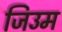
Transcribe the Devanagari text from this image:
जिउम